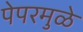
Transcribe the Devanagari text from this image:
पेपरमुळे